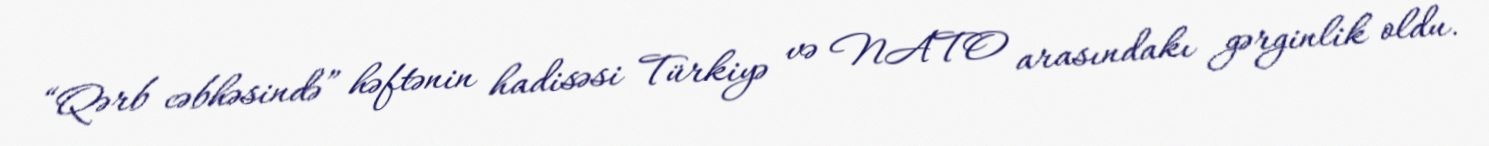
“Qərb cəbhəsində” həftənin hadisəsi Türkiyə və NATO arasındakı gərginlik oldu.